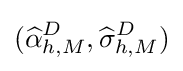
({\widehat {\alpha }}_{h,M}^{D},{\widehat {\sigma }}_{h,M}^{D})